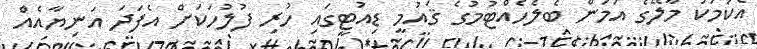
އެކަމަކު މާލޭގެ އަމަން ބެލެހެއްޓުމުގެ ޤައުމީ ޑިއުޓީގައި ހުރި ފުލުހަކަށް އެފަދަ އަނިޔާއެއް